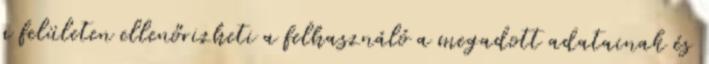
a felületen ellenőrizheti a felhasználó a megadott adatainak és